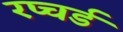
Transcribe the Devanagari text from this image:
रप्चर्ड